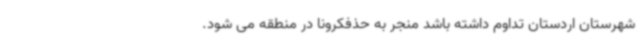
شهرستان اردستان تداوم داشته باشد منجر به حذفکرونا در منطقه می شود.